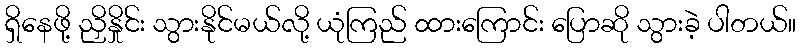
ရှိနေဖို့ ညှိနှိုင်း သွားနိုင်မယ်လို့ ယုံကြည် ထားကြောင်း ပြောဆို သွားခဲ့ ပါတယ်။